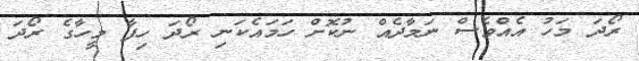
ރޯދަ މަހު އެއްވެސް ނަމާދެއް ނުކޮށް ހަމައެކަނި ރޯދަ ހިފާ މީހާގެ ރޯދަ